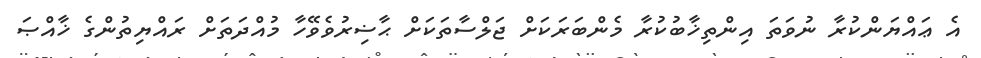
އެ ޢައްޔަންކުރާ ނުވަތަ އިންތިޚާބުކުރާ މެންބަރަކަށް ޖަލްސާތަކަށް ޙާޟިރުވެވޭހާ މުއްދަތަށް ރައްޔިތުންގެ ޚާއްޞަ